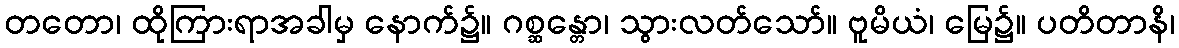
တတော၊ ထိုကြားရာအခါမှ နောက်၌။ ဂစ္ဆန္တော၊ သွားလတ်သော်။ ဗူမိယံ၊ မြေ၌။ ပတိတာနိ၊